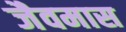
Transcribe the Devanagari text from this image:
जैवमास